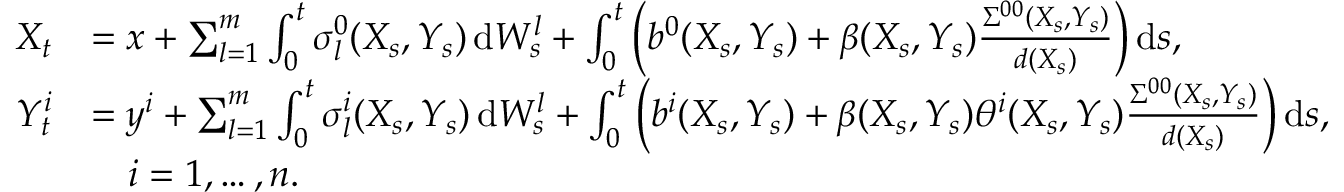
\begin{array} { r l } { X _ { t } } & { = x + \sum _ { l = 1 } ^ { m } \int _ { 0 } ^ { t } \sigma _ { l } ^ { 0 } ( X _ { s } , Y _ { s } ) \, \mathrm { d } W _ { s } ^ { l } + \int _ { 0 } ^ { t } \Big ( b ^ { 0 } ( X _ { s } , Y _ { s } ) + \beta ( X _ { s } , Y _ { s } ) \frac { \Sigma ^ { 0 0 } ( X _ { s } , Y _ { s } ) } { d ( X _ { s } ) } \Big ) \, \mathrm { d } s , } \\ { Y _ { t } ^ { i } } & { = y ^ { i } + \sum _ { l = 1 } ^ { m } \int _ { 0 } ^ { t } \sigma _ { l } ^ { i } ( X _ { s } , Y _ { s } ) \, \mathrm { d } W _ { s } ^ { l } + \int _ { 0 } ^ { t } \Big ( b ^ { i } ( X _ { s } , Y _ { s } ) + \beta ( X _ { s } , Y _ { s } ) \theta ^ { i } ( X _ { s } , Y _ { s } ) \frac { \Sigma ^ { 0 0 } ( X _ { s } , Y _ { s } ) } { d ( X _ { s } ) } \Big ) \, \mathrm { d } s , } \\ & { \quad i = 1 , \dots , n . } \end{array}